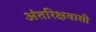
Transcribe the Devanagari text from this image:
अंतरिक्षवासी